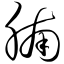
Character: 腩